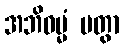
အဘိဓမ္မံ ပတွာ